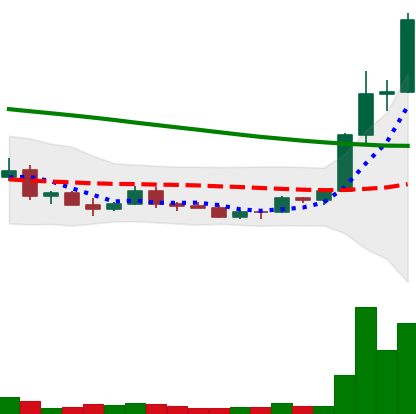
Ticker: ETC-USD
Chart end date: 2022-03-22
Forward return: 4.597%
Label: up_3_5